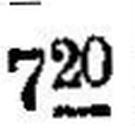
720